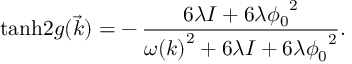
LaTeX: \operatorname { t a n h } \! { 2 g ( \vec { k } ) } = - \, { \frac { 6 \lambda I + 6 \lambda { \phi _ { 0 } } ^ { 2 } } { { \omega ( k ) } ^ { 2 } + 6 \lambda I + 6 \lambda { \phi _ { 0 } } ^ { 2 } } } .